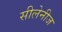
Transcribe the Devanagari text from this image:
सीलेनीज